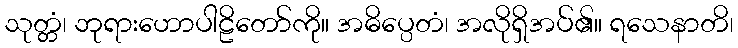
သုတ္တံ၊ ဘုရားဟောပါဠိတော်ကို။ အဓိပ္ပေတံ၊ အလိုရှိအပ်၏။ ရသေနာတိ၊